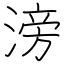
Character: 滂